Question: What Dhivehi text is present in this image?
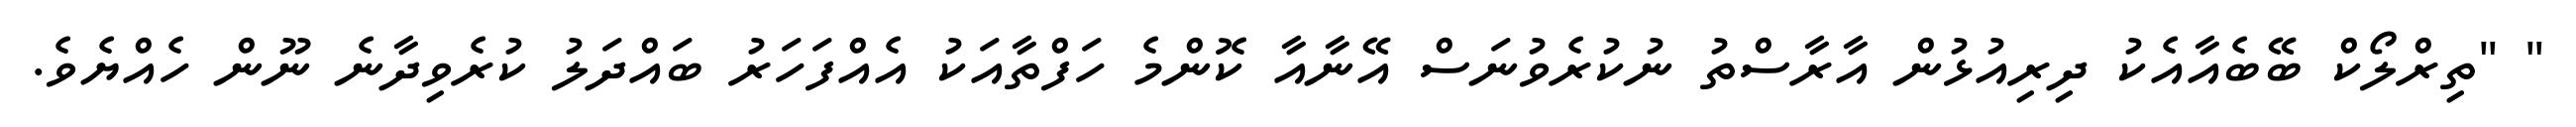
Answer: " "ތިރްލޯކް ބޭބެއާއެކު ދިރިއުޅުން އާރާސްތު ނުކުރެވުނަސް އޭނާއާ ކޮންމެ ހަފްތާއަކު އެއްފަހަރު ބައްދަލު ކުރެވިދާނެ ނޫން ހެއްޔެވެ.